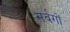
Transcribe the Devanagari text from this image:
सर्वगों